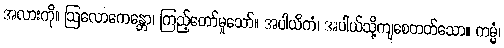
အလားကို။ ဩလောကေန္တော၊ ကြည့်တော်မူသော်။ အပါယိကံ၊ အပါယ်သို့ကျစေတတ်သော။ ကမ္မံ၊